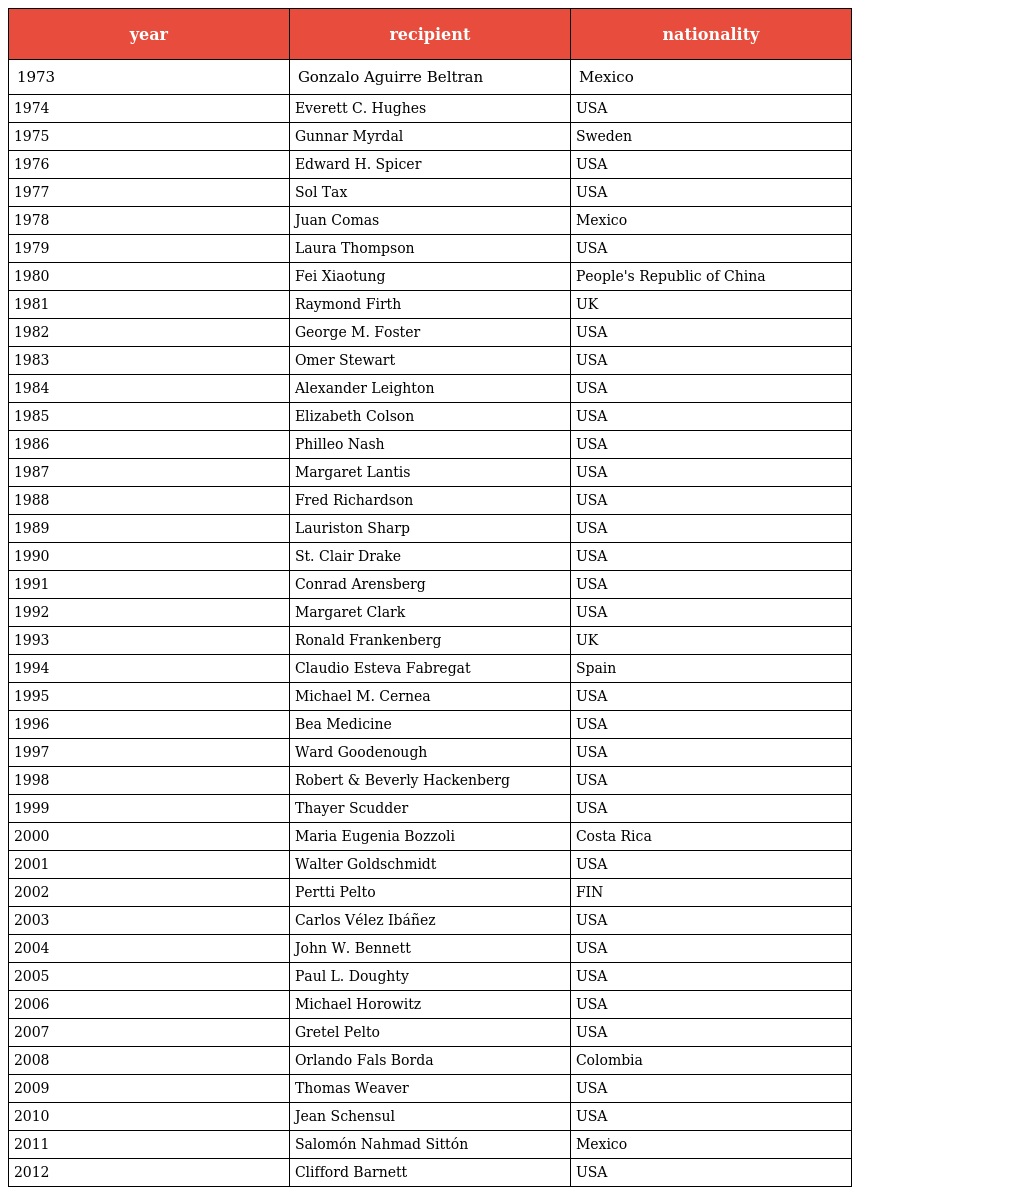
| year | recipient | nationality |
 | --- | --- | --- |
 | 1973 | Gonzalo Aguirre Beltran | Mexico |
 | 1974 | Everett C. Hughes | USA |
 | 1975 | Gunnar Myrdal | Sweden |
 | 1976 | Edward H. Spicer | USA |
 | 1977 | Sol Tax | USA |
 | 1978 | Juan Comas | Mexico |
 | 1979 | Laura Thompson | USA |
 | 1980 | Fei Xiaotung | People's Republic of China |
 | 1981 | Raymond Firth | UK |
 | 1982 | George M. Foster | USA |
 | 1983 | Omer Stewart | USA |
 | 1984 | Alexander Leighton | USA |
 | 1985 | Elizabeth Colson | USA |
 | 1986 | Philleo Nash | USA |
 | 1987 | Margaret Lantis | USA |
 | 1988 | Fred Richardson | USA |
 | 1989 | Lauriston Sharp | USA |
 | 1990 | St. Clair Drake | USA |
 | 1991 | Conrad Arensberg | USA |
 | 1992 | Margaret Clark | USA |
 | 1993 | Ronald Frankenberg | UK |
 | 1994 | Claudio Esteva Fabregat | Spain |
 | 1995 | Michael M. Cernea | USA |
 | 1996 | Bea Medicine | USA |
 | 1997 | Ward Goodenough | USA |
 | 1998 | Robert & Beverly Hackenberg | USA |
 | 1999 | Thayer Scudder | USA |
 | 2000 | Maria Eugenia Bozzoli | Costa Rica |
 | 2001 | Walter Goldschmidt | USA |
 | 2002 | Pertti Pelto | FIN |
 | 2003 | Carlos Vélez Ibáñez | USA |
 | 2004 | John W. Bennett | USA |
 | 2005 | Paul L. Doughty | USA |
 | 2006 | Michael Horowitz | USA |
 | 2007 | Gretel Pelto | USA |
 | 2008 | Orlando Fals Borda | Colombia |
 | 2009 | Thomas Weaver | USA |
 | 2010 | Jean Schensul | USA |
 | 2011 | Salomón Nahmad Sittón | Mexico |
 | 2012 | Clifford Barnett | USA |